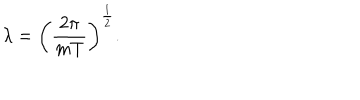
LaTeX: \lambda = \biggl ( { \frac { 2 \pi } { m T } } \biggr ) ^ { \frac { 1 } { 2 } } .